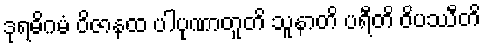
ဒုရဓိဂမံ ဝိဇာနထ ပါပုဏာတူတိ သူနာတိ ပရီတိ ဝိပဿီတိ